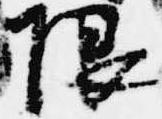
限